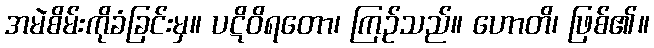
အမဲစိမ်းကိုခံခြင်းမှ။ ပဋိဝိရတော၊ ကြဉ်သည်။ ဟောတိ၊ ဖြစ်၏။